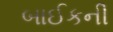
બાઈકની